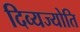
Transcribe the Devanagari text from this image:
दिव्यज्योति